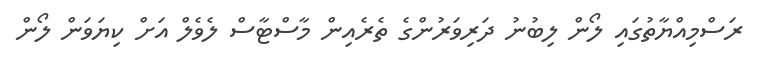
ރަސްމިއްޔާތުގައި ލޯން ލިބުނު ދަރިވަރުންގެ ތެރެއިން މާސްޓާސް ލެވެލް އަށް ކިޔަވަން ލޯން